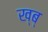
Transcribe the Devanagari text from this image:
ख्ब्